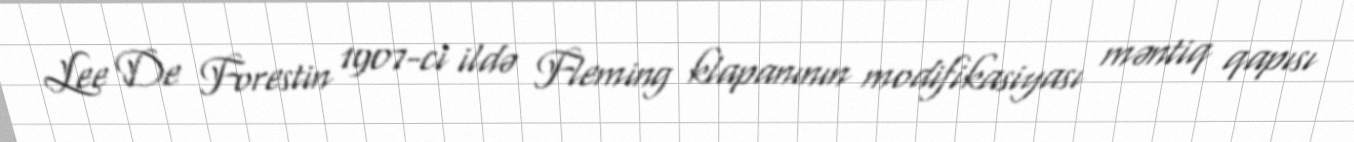
Lee De Forestin 1907-ci ildə Fleming klapanının modifikasiyası məntiq qapısı